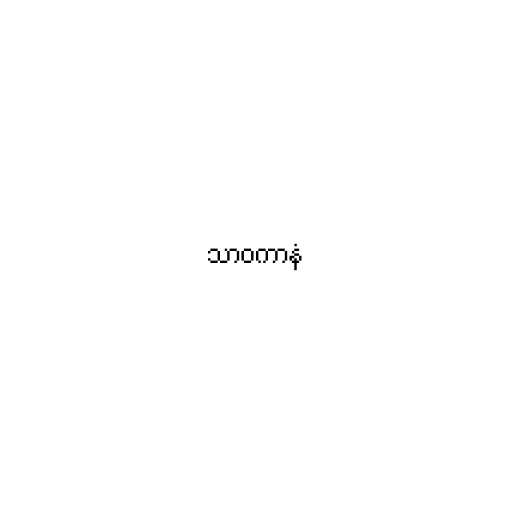
သာဝကာနံ